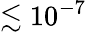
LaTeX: \lesssim 10^{-7}